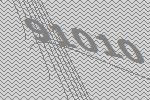
91010